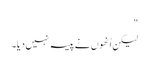
"
لیکن اُنھوں نے پیسہ نہیں دیا۔